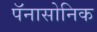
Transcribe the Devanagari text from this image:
पॅनासोनिक